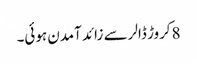
8کروڑ ڈالر سے زائد آمدن ہوئی۔